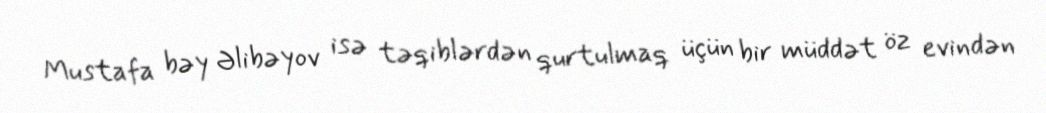
Mustafa bəy Əlibəyov isə təqiblərdən qurtulmaq üçün bir müddət öz evindən